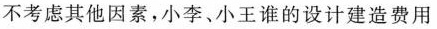
不考虑其他因素，小李、小王谁的设计建造费用